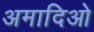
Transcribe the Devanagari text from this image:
अमादिओ